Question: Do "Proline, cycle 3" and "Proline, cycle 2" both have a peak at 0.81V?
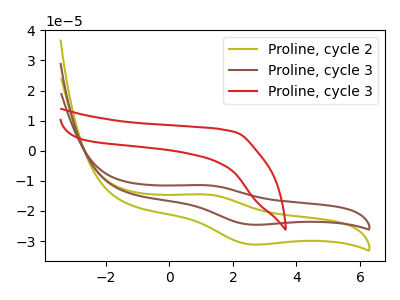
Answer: <think>The olive curve "Proline, cycle 2" has an anodic peak at (1.15V, -14.55uA) and a cathodic peak at (2.55V, -31.15uA). The brown curve "Proline, cycle 3" has an anodic peak at (1.15V, -11.45uA) and a cathodic peak at (2.55V, -24.55uA). The red curve "Proline, cycle 3" has no peaks.</think>
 <answer>No, "Proline, cycle 3" and "Proline, cycle 2" dont share a peak at 0.81V.</answer>
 <eval>mismatch</eval>